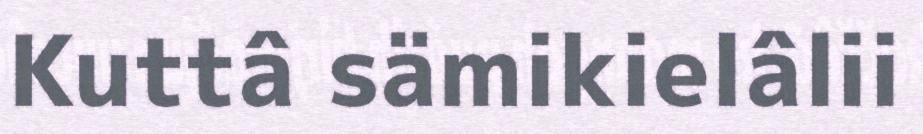
Kuttâ sämikielâlii